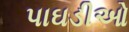
પાઘડીઓ